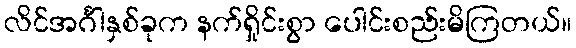
လိင်အင်္ဂါနှစ်ခုက နက်ရှိုင်းစွာ ပေါင်းစည်းမိကြတယ်။